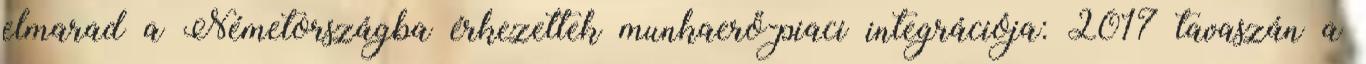
elmarad a Németországba érkezettek munkaerő-piaci integrációja: 2017 tavaszán a